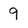
Character: 9